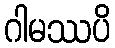
ဂါမဿပိ